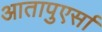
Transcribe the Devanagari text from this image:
आतापुएर्सा